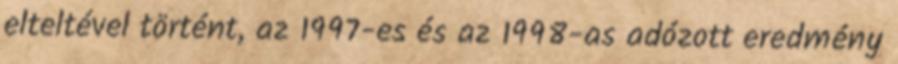
elteltével történt, az 1997-es és az 1998-as adózott eredmény